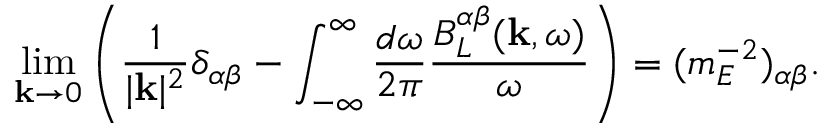
\operatorname * { l i m } _ { { \bf k } \to 0 } \left( \frac { 1 } { | { \bf k } | ^ { 2 } } \delta _ { \alpha \beta } - \int _ { - \infty } ^ { \infty } \frac { d \omega } { 2 \pi } \frac { B _ { L } ^ { \alpha \beta } ( { \bf k } , \omega ) } { \omega } \right) = ( m _ { E } ^ { - 2 } ) _ { \alpha \beta } .